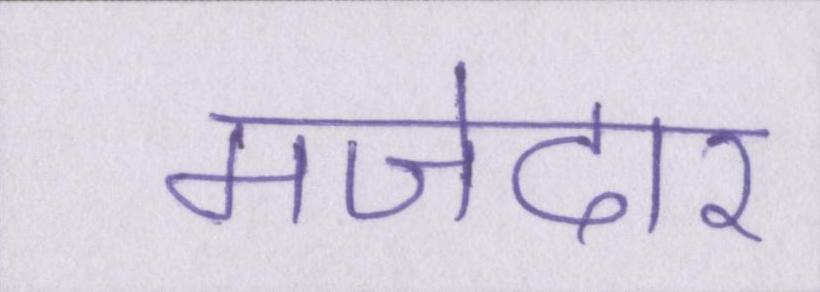
मजेदार